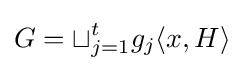
G=\sqcup _{j=1}^{t}g_{j}\langle x,H\rangle